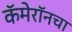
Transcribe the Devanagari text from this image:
कॅमेरॉनचा